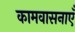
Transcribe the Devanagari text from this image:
कामवासनाएँ